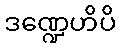
ဒဏ္ဍေဟိပိ